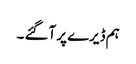
ہم ڈیرے پر آگئے ۔